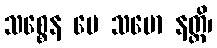
သစ္စေန မေ သမော နတ္ထိ၊